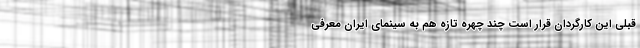
قبلی این کارگردان قرار است چند چهره تازه هم به سینمای ایران معرفی